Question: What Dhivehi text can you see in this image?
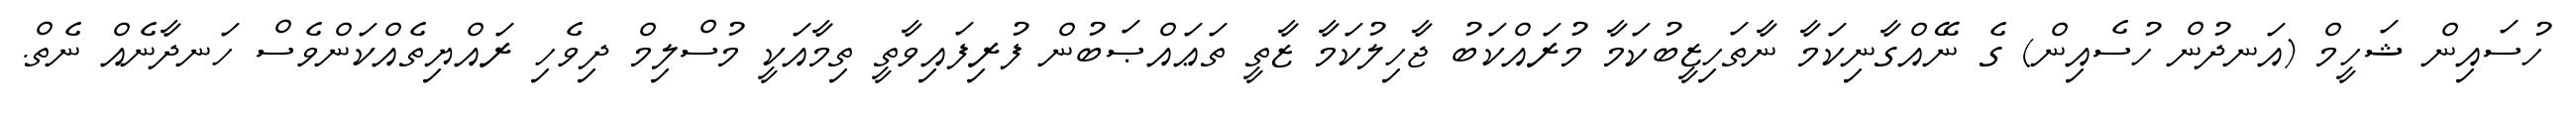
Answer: ހުސައިން ޝަހީމް (އަނދުން ހުސެއިން) ގެ ނޭއްގާނިކަމާ ނާތަހިޒީބުކަމާ މުރައްކަބު ޖާހިލުކަމާ ޒާތީ ތަޢައްޞަބުން ފުރިފައިވާތީ ތިމާއަކީ މުސްލިމް ދިވެހި ރައްޔިތެއްކަންވެސް ހަނދާނެއް ނެތް.